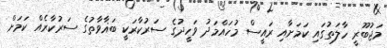
މަޖުބޫރީ ހާލަތުގައި ކަމަށާއި ރައީސް މުހައްމަދު ވަހީދުގެ ސަރުކާރަކީ ބަޣާވާތުގެ ސަރުކާރެއް ކަމަށް